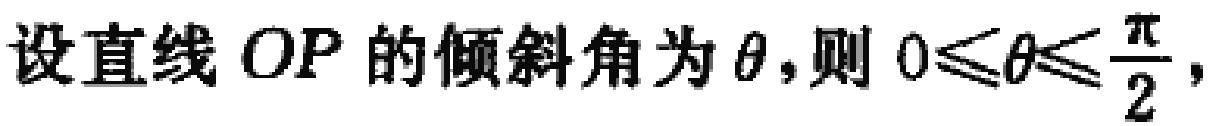
设直线 \(OP\) 的倾斜角为 \(\theta\)，则 \(0\leqslant\theta\leqslant\frac{\pi}{2}\)，